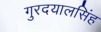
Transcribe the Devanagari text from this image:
गुरदयालसिंह